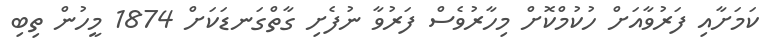
ކަމަށާއި ފަރުވާއަށް ހުކުމްކޮށް މިހާރުވެސް ފަރުވާ ނުފެށި ގާތްގަނޑަކަށް 1874 މީހުން ތިބި